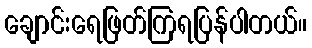
ချောင်းရေဖြတ်ကြရပြန်ပါတယ်။